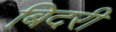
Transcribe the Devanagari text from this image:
बिदरी